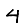
Digit: 4